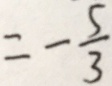
= - \frac { 5 } { 3 }